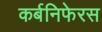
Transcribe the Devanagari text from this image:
कर्बनिफेरस